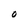
Character: O